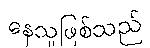
နေသူဖြစ်သည်